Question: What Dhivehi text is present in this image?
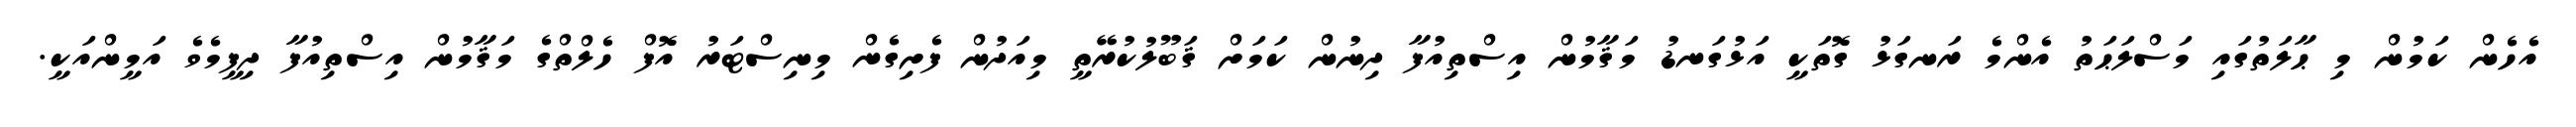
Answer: އެހެން ކަމުން މި ޙާލަތުގައި މަސްލަޙަތު އެންމެ ރަނގަޅު ގޮތަކީ އަޅުގަނޑު މަޤާމުން އިސްތިއުފާ ދިނުން ކަމަށް ޤަބޫލުކުރޭތީ މިއަދުން ފެށިގެން މިނިސްޓަރު އޮފް ހެލްތްގެ މަޤާމުން އިސްތިއުފާ ދިފީމެވެ އަމީންއަކީ.